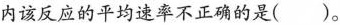
内该反应的平均速率不正确的是（）。